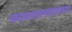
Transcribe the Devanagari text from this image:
यमाताराजभानसलगा